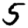
Digit: 5